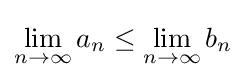
\lim _{n\to \infty }a_{n}\leq \lim _{n\to \infty }b_{n}